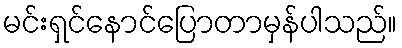
မင်းရှင်နောင်ပြောတာမှန်ပါသည်။